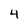
Character: 4